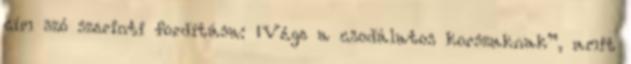
cím szó szerinti fordítása: „Vége a csodálatos korszaknak”, amit